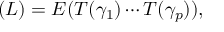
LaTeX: \L ( L ) = E ( T ( \gamma _ { 1 } ) \cdots T ( \gamma _ { p } ) ) ,